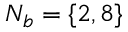
N _ { b } = \{ 2 , 8 \}